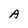
Character: A